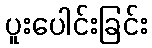
ပူးပေါင်းခြင်း